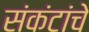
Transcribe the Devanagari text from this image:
संकंटांचे